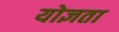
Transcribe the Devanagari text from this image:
योज्ञता